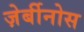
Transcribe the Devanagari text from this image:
ज़ेर्बीनोस